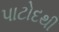
પાટોદથી